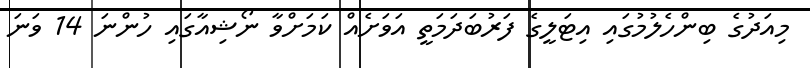
މިއަދުގެ ބިންހެލުމުގައި އިޓަލީގެ ފަރުބަދަމަތީ އަވަށެއް ކަމަށްވާ ނޯޝިއާގައި ހުންނަ 14 ވަނަ